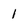
Character: 1